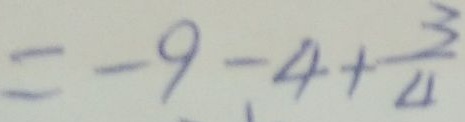
= - 9 - 4 + \frac { 3 } { 4 }